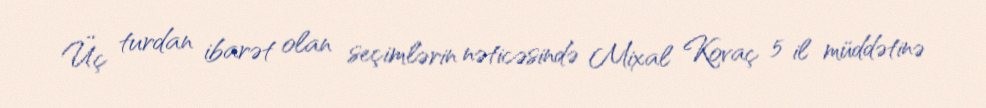
Üç turdan ibarət olan seçimlərin nəticəsində Mixal Kovaç 5 il müddətinə